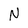
Character: N